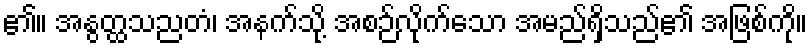
၏။ အနွတ္ထသညတံ၊ အနက်သို့ အစဉ်လိုက်သော အမည်ရှိသည်၏ အဖြစ်ကို။